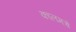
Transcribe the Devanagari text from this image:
कालमचे